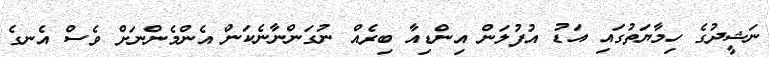
ނަޝީދުގެ ހިމާޔަތުގައި އަޑު އުފުލަން އިންޑިއާ ބިރެއް ނުގަންނާނެކަން އެންމެންނަށް ވެސް އެނގެ